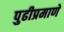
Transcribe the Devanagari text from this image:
पुढीप्रमाणे